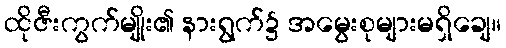
ထိုဇီးကွက်မျိုး၏ နားရွက်၌ အမွေးစုများမရှိချေ။